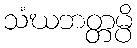
သံဃဘတ္တမ္ပိ